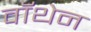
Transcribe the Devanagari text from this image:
वॉथेन